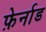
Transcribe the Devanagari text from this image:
फ़ेर्नाड